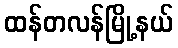
ထန်တလန်မြို့နယ်